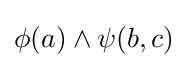
\phi (a)\land \psi (b,c)